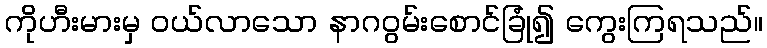
ကိုဟီးမားမှ ဝယ်လာသော နာဂဝွမ်းစောင်ခြုံ၍ ကွေးကြရသည်။